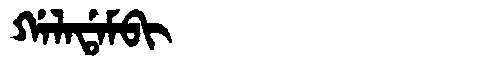
Manchu: ᡤᠠᠯᠠᡩᠠᠮᠪᡳ
Romanization: GALADAMBI